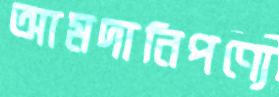
আমদানিপণ্যে